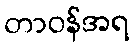
တာဝန်အရ